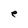
Character: e